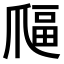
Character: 𤔜